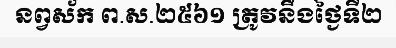
នព្វស័ក ព.ស.២៥៦១ ត្រូវនឹងថ្ងៃទី២